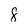
Character: 8